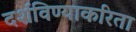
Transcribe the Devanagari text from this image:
दर्शविण्याकरिता